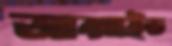
আক্সাইড